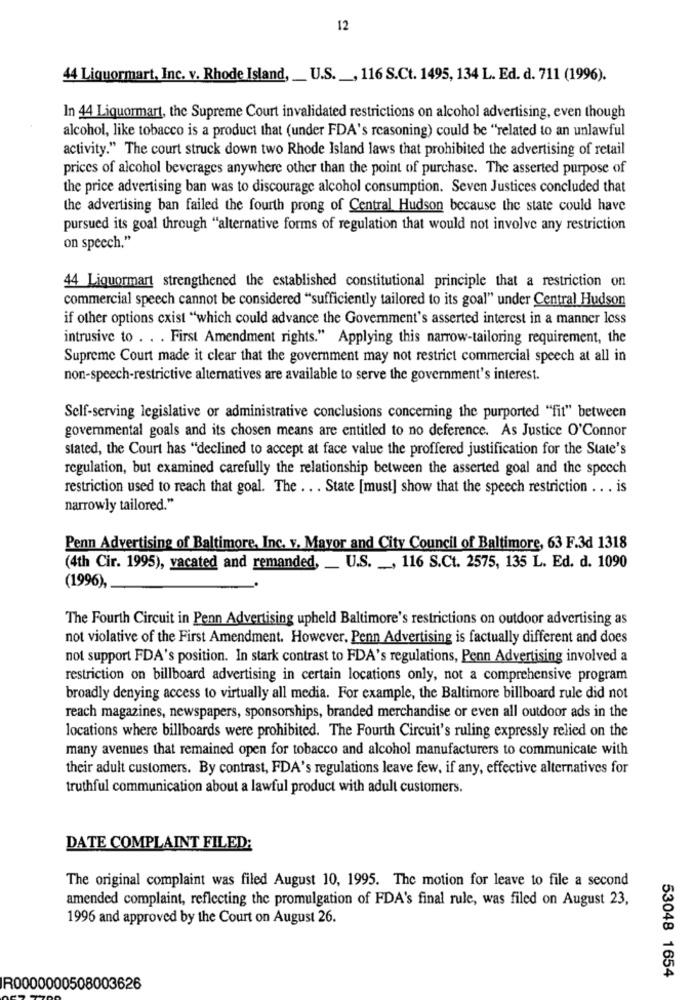
12
44 Liquormart, Inc. v. Rhode Island, _ U.S. _, 116 S.Ct. 1495, 134 L. Ed. d. 711 (1996).
In 44 Liquormart, the Supreme Court invalidated restrictions on alcohol advertising, even though
alcohol, like tobacco is a product that (under FDA's reasoning) could be "related to an unlawful
activity." The court struck down two Rhode Island laws that prohibited the advertising of retail
prices of alcohol beverages anywhere other than the point of purchase. The asserted purpose of
the price advertising ban was to discourage alcohol consumption. Seven Justices concluded that
the advertising ban failed the fourth prong of Central Hudson because the state could have
pursued its goal through "alternative forms of regulation that would not involve any restriction
on speech."
44 Liquormart strengthened the established constitutional principle that a restriction on
commercial speech cannot be considered "sufficiently tailored to its goal" under Central Hudson
if other options cxist "which could advance the Government's asserted interest in a manner less
intrusive to . . . First Amendment rights." Applying this narrow-tailoring requirement, the
Supreme Court made it clear that the government may not restrict commercial speech at all in
non-speech-restrictive alternatives are available to serve the government's interest.
Self-serving legislative or administrative conclusions concerning the purported "fit" between
governmental goals and its chosen means are entitled to no deference. As Justice O'Connor
stated, the Court has "declined to accept at face value the proffered justification for the State's
regulation, but examined carefully the relationship between the asserted goal and the speech
restriction used to reach that goal. The . . . State [must] show that the speech restriction .. . is
narrowly tailored."
Penn Advertising of Baltimore, Inc. v. Mayor and City Council of Baltimore, 63 F.3d 1318
(4th Cir. 1995), vacated and remanded, _ U.S. , 116 S.Ct. 2575, 135 L. Ed. d. 1090
(1996),
The Fourth Circuit in Penn Advertising upheld Baltimore's restrictions on outdoor advertising as
not violative of the First Amendment. However, Penn Advertising is factually different and does
not support FDA's position. In stark contrast to FDA's regulations, Penn Advertising involved a
restriction on billboard advertising in certain locations only, not a comprehensive program
broadly denying access to virtually all media. For example, the Baltimore billboard rule did not
reach magazines, newspapers, sponsorships, branded merchandise or even all outdoor ads in the
locations where billboards were prohibited. The Fourth Circuit's ruling expressly relied on the
many avenues that remained open for tobacco and alcohol manufacturers to communicate with
their adult customers. By contrast, FDA's regulations leave few, if any, effective alternatives for
truthful communication about a lawful product with adult customers.
DATE COMPLAINT FILED:
The original complaint was filed August 10, 1995. The motion for leave to file a second
amended complaint, reflecting the promulgation of FDA's final rule, was filed on August 23,
1996 and approved by the Court on August 26.
53048 1654
R0000000508003626